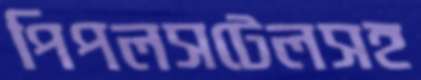
পিপলসটেলসহ